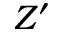
Z ^ { \prime }